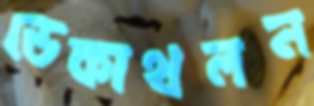
ডেকাথলন